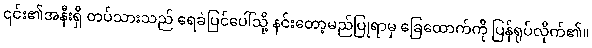
၎င်း၏အနီးရှိ တပ်သားသည် ရေခဲပြင်ပေါ်သို့ နင်းတော့မည်ပြုရာမှ ခြေထောက်ကို ပြန်ရုပ်လိုက်၏။